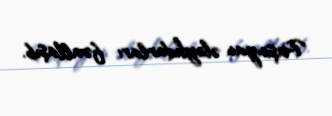
Paşinyan əleyhdarları fəallaşıb.